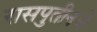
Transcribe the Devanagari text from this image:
रासपुतीनचे